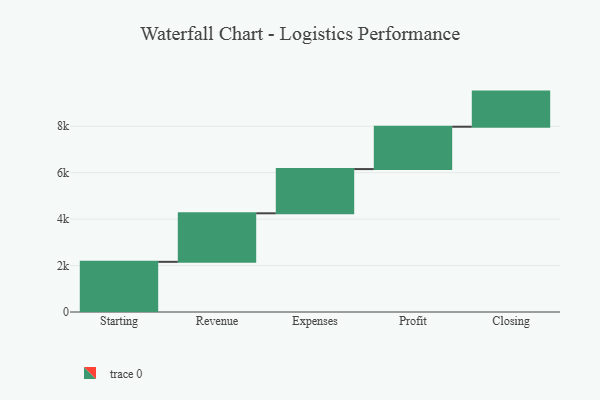
{"axis": {"x": "Step", "y": "Value"}, "legend": [""], "data": [{"x": "Starting", "y": 2161.0, "type": ""}, {"x": "Revenue", "y": 2090.0, "type": ""}, {"x": "Expenses", "y": 1905.0, "type": ""}, {"x": "Profit", "y": 1824.0, "type": ""}, {"x": "Closing", "y": 1513.0, "type": ""}]}